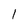
Character: 1